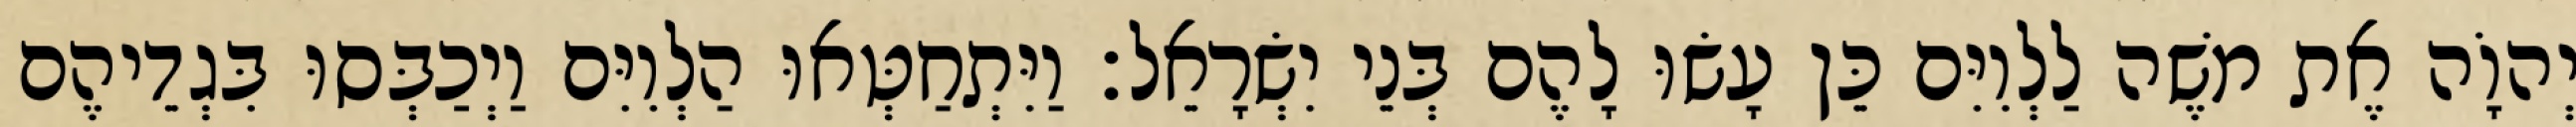
יְהוָֹה אֶת משֶׁה לַלְוִיִּם כֵּן עָשׂוּ לָהֶם בְּנֵי יִשְׂרָאֵל׃ וַיִּתְחַטְּאוּ הַלְוִיִּם וַיְכַבְּסוּ בִּגְדֵיהֶם